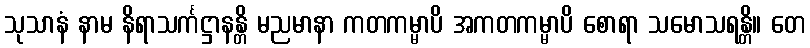
သုသာနံ နာမ နိရာသင်္ကဋ္ဌာနန္တိ မညမာနာ ကတကမ္မာပိ အကတကမ္မာပိ စောရာ သမောသရန္တိ။ တေ